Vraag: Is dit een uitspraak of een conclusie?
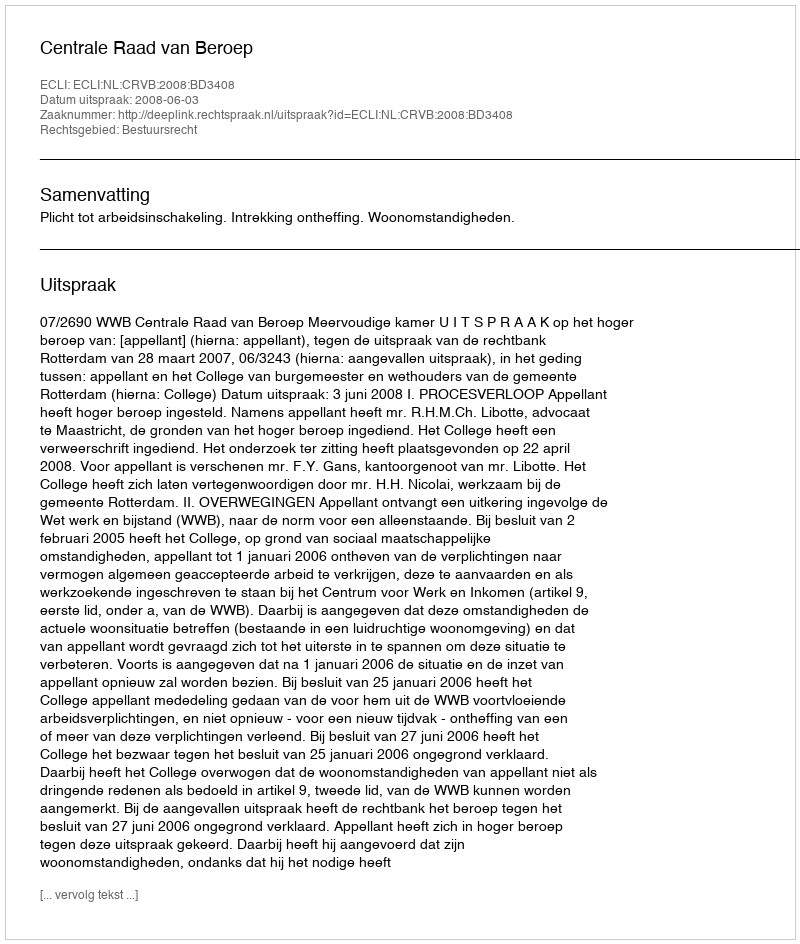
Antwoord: Uitspraak